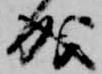
成